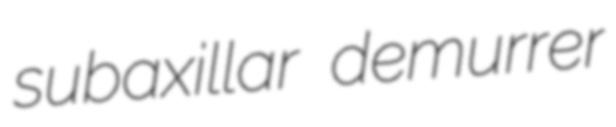
subaxillar demurrer